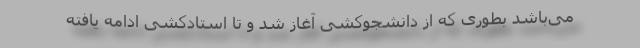
می‌باشد بطوری که از دانشجوکُشی آغاز شد و تا استادکُشی ادامه یافته